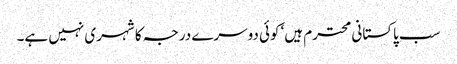
سب پاکستانی محترم ہیں‘ کوئی دوسرے درجہ کا شہری نہیں ہے۔